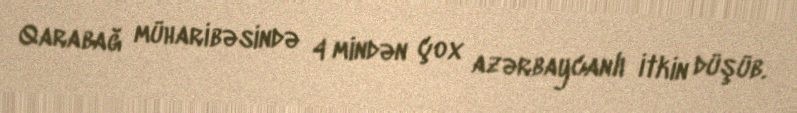
Qarabağ müharibəsində 4 mindən çox azərbaycanlı itkin düşüb.